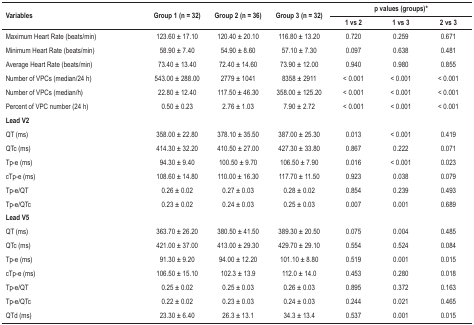
<table><thead><tr><td rowspan="2"><b>Variables</b></td><td rowspan="2"><b>Group 1 (n = 32)</b></td><td rowspan="2"><b>Group 2 (n = 36)</b></td><td rowspan="2"><b>Group 3 (n = 32)</b></td><td colspan="3"><b>p values(groups)*</b></td></tr><tr><td><b>1 vs 2</b></td><td><b>1 vs 3</b></td><td><b>2 vs 3</b></td></tr></thead><tbody><tr><td>Maximum Heart Rate (beats/min)</td><td>123.60 ± 17.10</td><td>120.40 ± 20.10</td><td>116.80 ± 13.20</td><td>0.720</td><td>0.259</td><td>0.671</td></tr><tr><td>Minimum Heart Rate (beats/min)</td><td>58.90 ± 7.40</td><td>54.90 ± 8.60</td><td>57.10 ± 7.30</td><td>0.097</td><td>0.638</td><td>0.481</td></tr><tr><td>Average Heart Rate (beats/min)</td><td>73.40 ± 13.40</td><td>72.40 ± 14.60</td><td>73.90 ± 12.00</td><td>0.940</td><td>0.980</td><td>0.855</td></tr><tr><td>Number of VPCs (median/24 h)</td><td>543.00 ± 288.00</td><td>2779 ± 1041</td><td>8358 ± 2911</td><td>&lt; 0.001</td><td>&lt; 0.001</td><td>&lt; 0.001</td></tr><tr><td>Number of VPCs (median/h)</td><td>22.80 ± 12.40</td><td>117.50 ± 46.30</td><td>358.00 ± 125.20</td><td>&lt; 0.001</td><td>&lt; 0.001</td><td>&lt; 0.001</td></tr><tr><td>Percent of VPC number (24 h)</td><td>0.50 ± 0.23</td><td>2.76 ± 1.03</td><td>7.90 ± 2.72</td><td>&lt; 0.001</td><td>&lt; 0.001</td><td>&lt; 0.001</td></tr><tr><td><b>Lead V2</b></td><td> </td><td> </td><td> </td><td> </td><td> </td><td> </td></tr><tr><td>QT (ms)</td><td>358.00 ± 22.80</td><td>378.10 ± 35.50</td><td>387.00 ± 25.30</td><td>0.013</td><td>&lt; 0.001</td><td>0.419</td></tr><tr><td>QTc (ms)</td><td>414.30 ± 32.20</td><td>410.50 ± 27.00</td><td>427.30 ± 33.80</td><td>0.867</td><td>0.222</td><td>0.071</td></tr><tr><td>Tp-e (ms)</td><td>94.30 ± 9.40</td><td>100.50 ± 9.70</td><td>106.50 ± 7.90</td><td>0.016</td><td>&lt; 0.001</td><td>0.023</td></tr><tr><td>cTp-e (ms)</td><td>108.60 ± 14.80</td><td>110.00 ± 16.30</td><td>117.70 ± 11.50</td><td>0.923</td><td>0.038</td><td>0.079</td></tr><tr><td>Tp-e/QT</td><td>0.26 ± 0.02</td><td>0.27 ± 0.03</td><td>0.28 ± 0.02</td><td>0.854</td><td>0.239</td><td>0.493</td></tr><tr><td>Tp-e/QTc</td><td>0.23 ± 0.02</td><td>0.24 ± 0.03</td><td>0.25 ± 0.03</td><td>0.007</td><td>0.001</td><td>0.689</td></tr><tr><td><b>Lead V5</b></td><td> </td><td> </td><td> </td><td> </td><td> </td><td> </td></tr><tr><td>QT (ms)</td><td>363.70 ± 26.20</td><td>380.50 ± 41.50</td><td>389.30 ± 20.50</td><td>0.075</td><td>0.004</td><td>0.485</td></tr><tr><td>QTc (ms)</td><td>421.00 ± 37.00</td><td>413.00 ± 29.30</td><td>429.70 ± 29.10</td><td>0.554</td><td>0.524</td><td>0.084</td></tr><tr><td>Tp-e (ms)</td><td>91.30 ± 9.20</td><td>94.00 ± 12.20</td><td>101.10 ± 8.80</td><td>0.519</td><td>0.001</td><td>0.015</td></tr><tr><td>cTp-e (ms)</td><td>106.50 ± 15.10</td><td>102.3 ± 13.9</td><td>112.0 ± 14.0</td><td>0.453</td><td>0.280</td><td>0.018</td></tr><tr><td>Tp-e/QT</td><td>0.25 ± 0.02</td><td>0.25 ± 0.03</td><td>0.26 ± 0.03</td><td>0.895</td><td>0.372</td><td>0.163</td></tr><tr><td>Tp-e/QTc</td><td>0.22 ± 0.02</td><td>0.23 ± 0.03</td><td>0.24 ± 0.03</td><td>0.244</td><td>0.021</td><td>0.465</td></tr><tr><td>QTd (ms)</td><td>23.30 ± 6.40</td><td>26.3 ± 13.1</td><td>34.3 ± 13.4</td><td>0.537</td><td>0.001</td><td>0.015</td></tr></tbody></table>